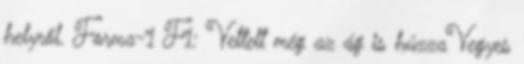
helyről. Forma-1 F1: Vettelt még az ág is húzzaVegyes